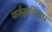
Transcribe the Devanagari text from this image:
फर्रुख़शियार